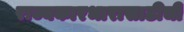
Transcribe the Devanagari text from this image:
राज्यकारभारासाठीची